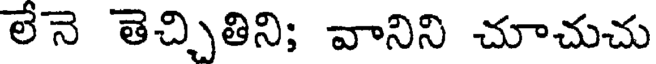
లేనె తెచ్చితిని; వానిని చూచుచు